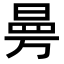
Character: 𭦟